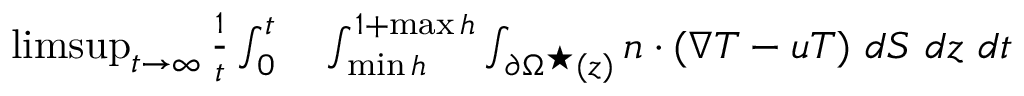
\begin{array} { r l } { \operatorname* { l i m s u p } _ { t \rightarrow \infty } \frac { 1 } { t } \int _ { 0 } ^ { t } } & { { } \int _ { \operatorname* { m i n } h } ^ { 1 + \operatorname* { m a x } h } \int _ { \partial \Omega ^ { \star } ( z ) } n \cdot ( \nabla T - u T ) \ d S \ d z \ d t } \end{array}